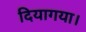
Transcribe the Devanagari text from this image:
दियागया।